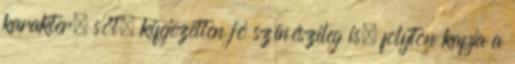
karakter, sőt, kifejezetten jó színészileg is, folyton kapja a